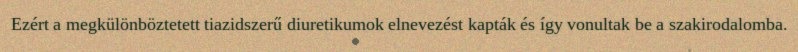
Ezért a megkülönböztetett tiazidszerű diuretikumok elnevezést kapták és így vonultak be a szakirodalomba.